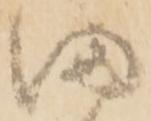
満